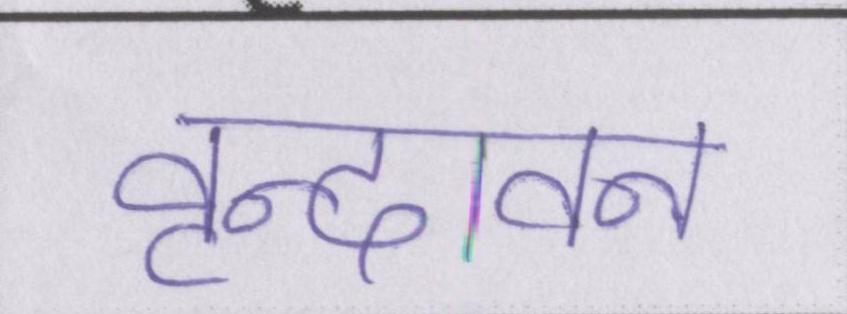
वृन्दावन